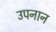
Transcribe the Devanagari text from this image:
उपनान